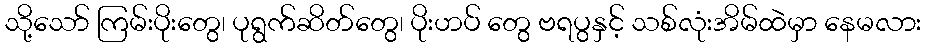
သို့သော် ကြမ်းပိုးတွေ၊ ပုရွက်ဆိတ်တွေ၊ ပိုးဟပ် တွေ ဗရပွနှင့် သစ်လုံးအိမ်ထဲမှာ နေမလား